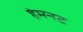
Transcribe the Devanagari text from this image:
हेमनट